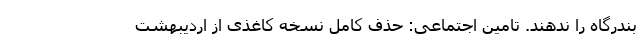
بندرگاه را ندهند. تامین اجتماعی: حذف کامل نسخه کاغذی از اردیبهشت